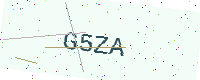
Text: G5ZA